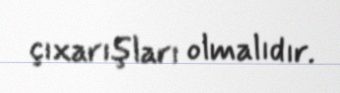
çıxarışları olmalıdır.